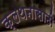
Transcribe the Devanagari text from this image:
क्लथनासाठी